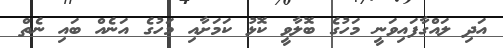
އަދި ލައްގާފައިވަނީ މަހުގެ ބޮލާވީ ކޮޅު ކަމަށާއި މަހުގެ އަނެއް ބައި ނެތް